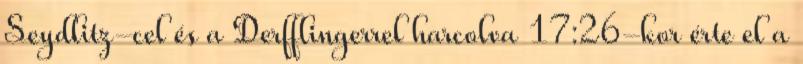
Seydlitz-cel és a Derfflingerrel harcolva 17:26-kor érte el a